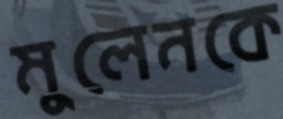
মুলেনকে